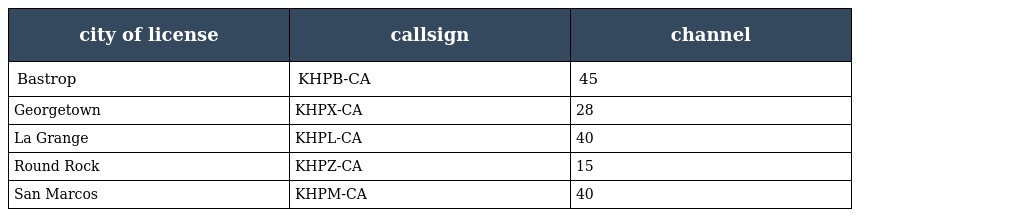
| city of license | callsign | channel |
 | --- | --- | --- |
 | Bastrop | KHPB-CA | 45 |
 | Georgetown | KHPX-CA | 28 |
 | La Grange | KHPL-CA | 40 |
 | Round Rock | KHPZ-CA | 15 |
 | San Marcos | KHPM-CA | 40 |